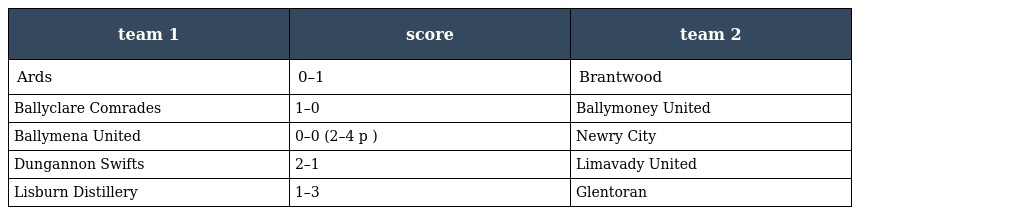
| team 1 | score | team 2 |
 | --- | --- | --- |
 | Ards | 0–1 | Brantwood |
 | Ballyclare Comrades | 1–0 | Ballymoney United |
 | Ballymena United | 0–0 (2–4 p ) | Newry City |
 | Dungannon Swifts | 2–1 | Limavady United |
 | Lisburn Distillery | 1–3 | Glentoran |